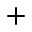
^ +